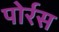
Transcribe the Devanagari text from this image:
पोर्रस